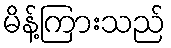
မိန့်ကြားသည်